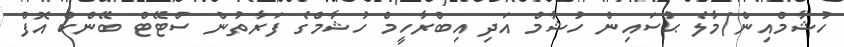
ހުޝާމްއިން/މާލެ ޙުސައިން ހުޝާމް އަދި އިބްރާހީމް ހުޝާމްގެ ފަރާތުން ސްޓޭޓް ބޭންކް އޮފް